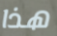
هذا